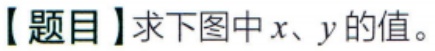
【题目】求下图中\(x、y\)的值。